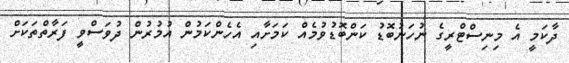
ދާކަމީ އެ މިނިސްޓްރީގެ ނުހަނުބޮޑު ކަންބޮޑުވުމެއް ކަމަށާއި އެހެންކަމުން އުމުރުން ދުވަސްވީ ފަރާތްތަކަށް